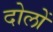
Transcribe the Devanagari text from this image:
दोलों